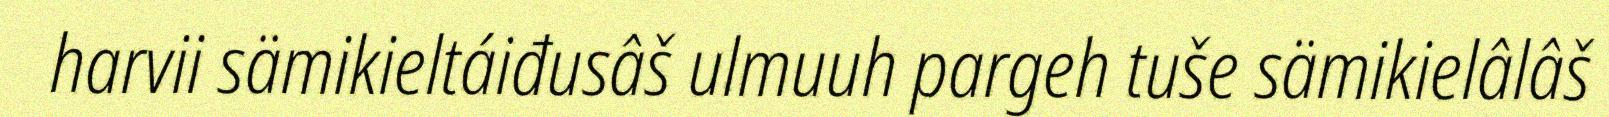
harvii sämikieltáiđusâš ulmuuh pargeh tuše sämikielâlâš